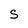
Character: S